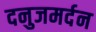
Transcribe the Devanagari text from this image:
दनुजमर्दन